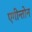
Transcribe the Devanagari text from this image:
एगीन्तोन